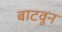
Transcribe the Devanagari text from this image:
बाटवून